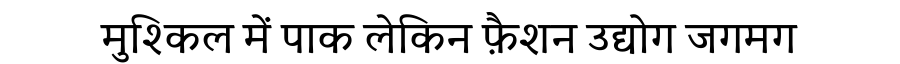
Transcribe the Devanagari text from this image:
मुश्किल में पाक लेकिन फ़ैशन उद्योग जगमग